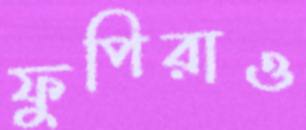
ফুপিরাও